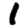
Digit: 1